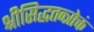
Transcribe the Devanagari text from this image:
श्रीसिद्धतन्त्रोक्तं